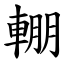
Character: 輣